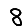
Digit: 8